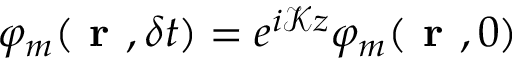
\varphi _ { m } ( \textbf { r } , \delta t ) = e ^ { i \mathcal { K } z } \varphi _ { m } ( \textbf { r } , 0 )